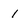
Character: 1